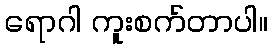
ရောဂါ ကူးစက်တာပါ။